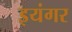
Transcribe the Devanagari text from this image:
इयंगर